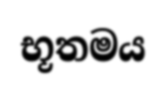
භූතමය